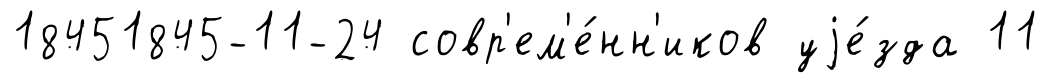
18451845-11-24 совр'ем'е́нн'иков уjе́зда 11